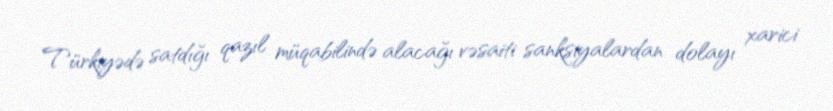
Türkiyədə satdığı qazıl müqabilində alacağı vəsaiti sanksiyalardan dolayı xarici